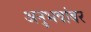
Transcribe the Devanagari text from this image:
अनुभवांबर